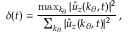
\delta ( t ) = \frac { \operatorname* { m a x } _ { k _ { \theta } } | \hat { u } _ { z } ( k _ { \theta } , t ) | ^ { 2 } } { \sum _ { k _ { \theta } } | \hat { u } _ { z } ( k _ { \theta } , t ) | ^ { 2 } } \, ,